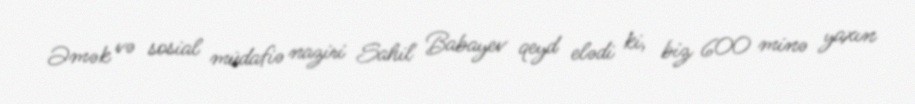
Əmək və sosial müdafiə naziri Sahil Babayev qeyd elədi ki, biz 600 minə yaxın